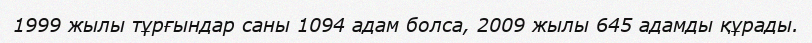
1999 жылы тұрғындар саны 1094 адам болса, 2009 жылы 645 адамды құрады.